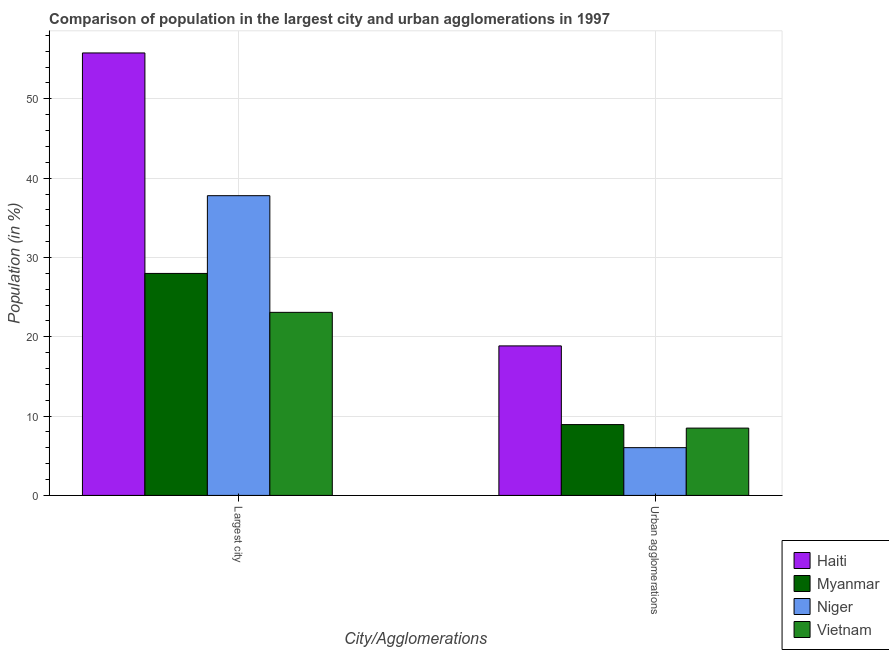
| City/Agglomerations | Haiti | Myanmar | Niger | Vietnam |
 | --- | --- | --- | --- | --- |
 | Largest city | 55.8 | 28 | 37.8 | 23.1 |
 | Urban agglomerations | 18.9 | 8.93 | 6.02 | 8.49 |